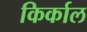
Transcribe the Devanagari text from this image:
किर्काल